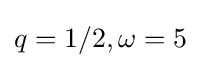
q=1/2,\omega =5